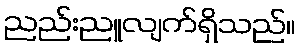
ညည်းညူလျက်ရှိသည်။